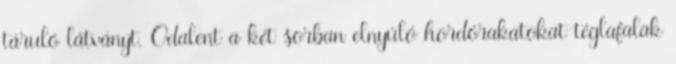
táruló látványt. Odalent a két sorban elnyúló hordórakatokat téglafalak